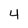
Character: 4